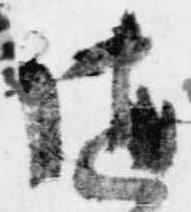
随